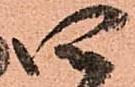
四